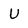
Character: U